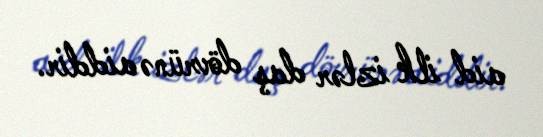
aid ilk izlər daş dövrünə aiddir.